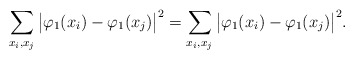
\begin{align*}\sum_{x_i, x_j }\big|\varphi_1(x_i) - \varphi_1(x_j)\big|^2= \sum_{x_i, x_j }\big|\varphi_1(x_i) - \varphi_1(x_j)\big|^2. \end{align*}